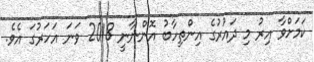
ކަމަށްވާ އިރު މި ދައުރުގެ އިންތިހާބު އޮންނާނީ 2018 ވަނަ އަހަރުގަ އެވެ.